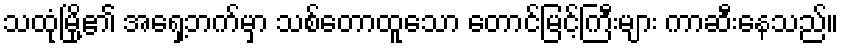
သထုံမြို့၏ အရှေ့ဘက်မှာ သစ်တောထူသော တောင်မြင့်ကြီးများ ကာဆီးနေသည်။